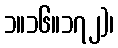
၁။၁၆။၁၇၂)၊